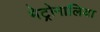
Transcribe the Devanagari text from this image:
मेट्रोनालिया